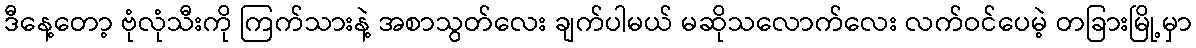
ဒီနေ့တော့ ဗုံလုံသီးကို ကြက်သားနဲ့ အစာသွတ်လေး ချက်ပါမယ် မဆိုသလောက်လေး လက်ဝင်ပေမဲ့ တခြားမြို့မှာ